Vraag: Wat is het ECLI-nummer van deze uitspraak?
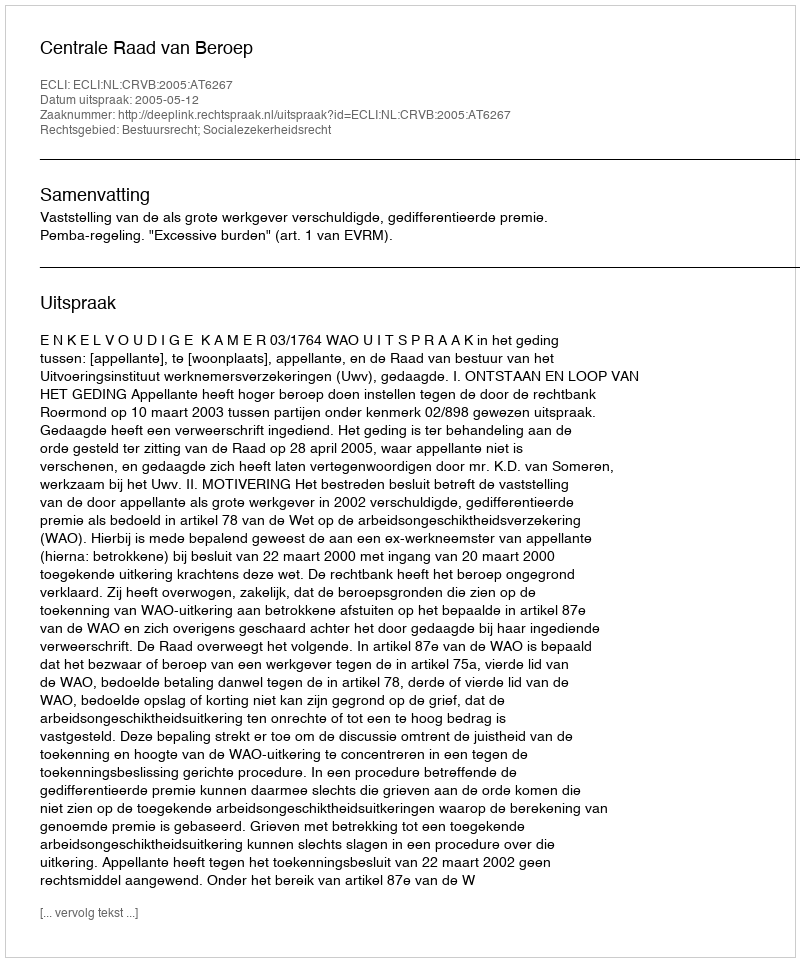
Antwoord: ECLI:NL:CRVB:2005:AT6267